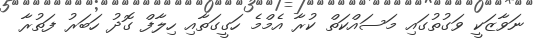
ނަވާޒަކީ ވަގުތުގައި މަސައްކަތް ކުރާ އެމްމެ ހަގީގަތާއި ހިލާފް ގޮދު ހަބަރު ފަތުރާ